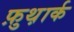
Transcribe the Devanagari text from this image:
फ़ुथ़ार्क